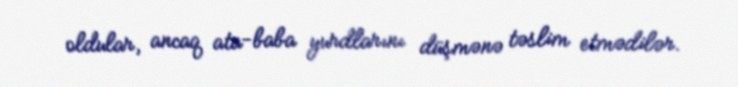
oldular, ancaq ata-baba yurdlarını düşmənə təslim etmədilər.